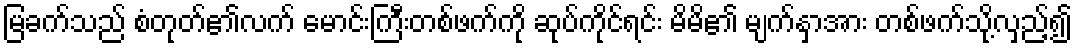
မြခက်သည် စံတုတ်၏လက် မောင်းကြီးတစ်ဖက်ကို ဆုပ်ကိုင်ရင်း မိမိ၏ မျက်နှာအား တစ်ဖက်သို့လှည့်၍